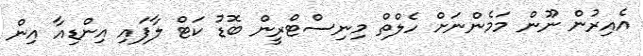
އެއިރުން ނޫން މަމެންނަށް ހެލްތް މިނިސްޓްރީން ބޮޑު ކަޓް ލާފައި އިންޑިއާ އިން